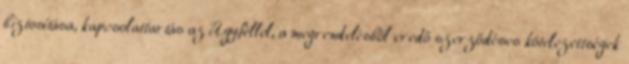
biztosítása, kapcsolattartás az Ügyféllel, a megrendelésből eredő szerződéses kötelezettségek